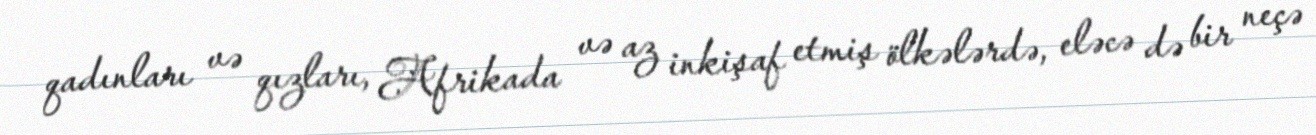
qadınları və qızları, Afrikada və az inkişaf etmiş ölkələrdə, eləcə də bir neçə